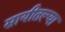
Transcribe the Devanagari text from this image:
सायीतल्या